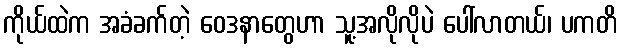
ကိုယ်ထဲက အခံခက်တဲ့ ဝေဒနာတွေဟာ သူ့အလိုလိုပဲ ပေါ်လာတယ်၊ ပကတိ